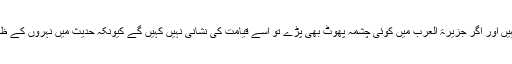
قصیم میں جو واقعہ پیش آیا ہے اولا وہ چشمہ ہے ہی نہیں اور اگر جزیرۃ العرب میں کوئی چشمہ پھوٹ بھی پڑے تو اسے قیامت کی نشانی نہیں کہیں گے کیونکہ حدیث میں نہروں کے ظہور کی بات ہے یعنی ایک نہر بھی نہیں متعدد نہریں ۔